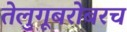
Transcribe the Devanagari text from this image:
तेलुगूबरोबरच